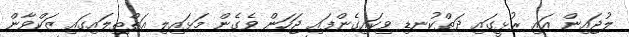
ލުޖައިން އައި ރުޅީގައި ދަތްކުނޑި ވިކައިގެންފައި ޖަހަން ވެގެން މަޅައިލި އަތްތިލައިގައި ޒަކްވާން